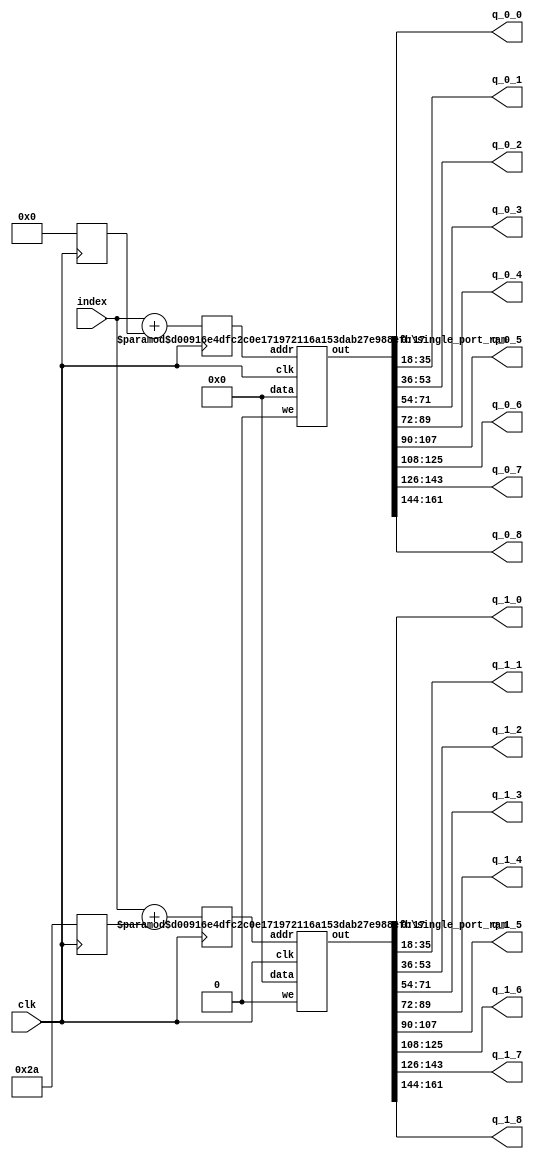
`define SIMULATION_MEMORY

module weight_buffer_18_9_42_2_2688Wfxr_real_half_0 (
	input clk,
	output [17:0] q_0_0,
	output [17:0] q_0_1,
	output [17:0] q_0_2,
	output [17:0] q_0_3,
	output [17:0] q_0_4,
	output [17:0] q_0_5,
	output [17:0] q_0_6,
	output [17:0] q_0_7,
	output [17:0] q_0_8,
	output [17:0] q_1_0,
	output [17:0] q_1_1,
	output [17:0] q_1_2,
	output [17:0] q_1_3,
	output [17:0] q_1_4,
	output [17:0] q_1_5,
	output [17:0] q_1_6,
	output [17:0] q_1_7,
	output [17:0] q_1_8,
	input [11:0] index
);

wire [161:0] packed_result_0;
reg [11:0] addrs_0;
reg [11:0] addrs_base_0;
wire [161:0] packed_result_1;
reg [11:0] addrs_1;
reg [11:0] addrs_base_1;

always @ (posedge clk) begin
	addrs_base_0 <= 0;
	addrs_base_1 <= 42;
	addrs_0 <= index + addrs_base_0;
	addrs_1 <= index + addrs_base_1;
end

wire rom_we;
assign rom_we = 1'b0;

defparam ram_inst_0.DATA_WIDTH = 162;
defparam ram_inst_0.ADDR_WIDTH = 12;
defparam ram_inst_1.DATA_WIDTH = 162;
defparam ram_inst_1.ADDR_WIDTH = 12;
single_port_ram ram_inst_0 (
	.we(rom_we),
	.addr(addrs_0),
	.data(162'd0),
	.out(packed_result_0),
	.clk(clk)
);

single_port_ram ram_inst_1 (
	.we(rom_we),
	.addr(addrs_1),
	.data(162'd0),
	.out(packed_result_1),
	.clk(clk)
);

// Unpack result
assign q_0_0 = packed_result_0[17:0];
assign q_0_1 = packed_result_0[35:18];
assign q_0_2 = packed_result_0[53:36];
assign q_0_3 = packed_result_0[71:54];
assign q_0_4 = packed_result_0[89:72];
assign q_0_5 = packed_result_0[107:90];
assign q_0_6 = packed_result_0[125:108];
assign q_0_7 = packed_result_0[143:126];
assign q_0_8 = packed_result_0[161:144];
assign q_1_0 = packed_result_1[17:0];
assign q_1_1 = packed_result_1[35:18];
assign q_1_2 = packed_result_1[53:36];
assign q_1_3 = packed_result_1[71:54];
assign q_1_4 = packed_result_1[89:72];
assign q_1_5 = packed_result_1[107:90];
assign q_1_6 = packed_result_1[125:108];
assign q_1_7 = packed_result_1[143:126];
assign q_1_8 = packed_result_1[161:144];

endmodule

module single_port_ram(
clk,
addr,
data,
we,
out
);

parameter DATA_WIDTH = 288;
parameter ADDR_WIDTH = 6;
input clk;
input [ADDR_WIDTH-1:0] addr;
input [DATA_WIDTH-1:0] data;
input we;
output reg [DATA_WIDTH-1:0] out;

reg [DATA_WIDTH-1:0] ram[ADDR_WIDTH-1:0];

always @(posedge clk) begin
  if (we) begin
    ram[addr] <= data;
  end
  else begin
    out <= ram[addr];
  end
end

endmodule